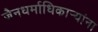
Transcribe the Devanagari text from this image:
जैनधर्माधिकार्‍यांना